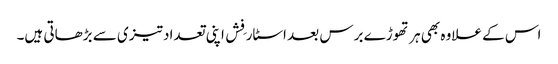
اس کے علاوہ بھی ہر تھوڑے برس بعد اسٹار فِش اپنی تعداد تیزی سے بڑھاتی ہیں۔